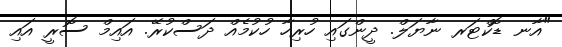
"އާނ ޑޮކްޓަރ ނާޔަލް. ދީންގައި ހުރިހާ ހުކުމެއް ދަސްކުރޭ. އައިމް ސޮރީ އައި